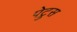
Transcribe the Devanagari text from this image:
पेट्रुस